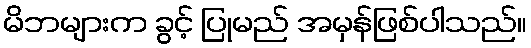
မိဘများက ခွင့် ပြုမည် အမှန်ဖြစ်ပါသည်။